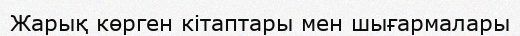
Жарық көрген кітаптары мен шығармалары